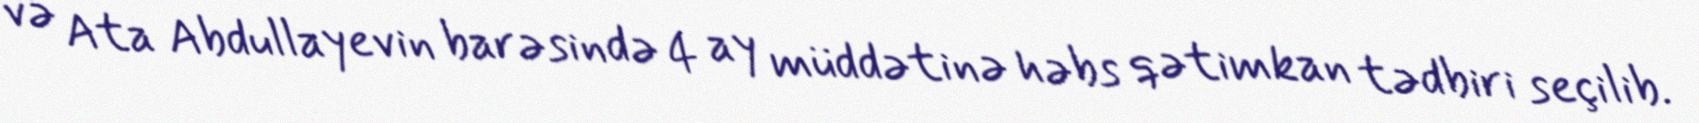
və Ata Abdullayevin barəsində 4 ay müddətinə həbs qətimkan tədbiri seçilib.